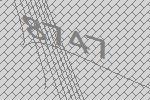
8747